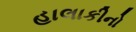
હાલાકીનો